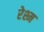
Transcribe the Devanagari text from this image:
रेश्म